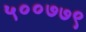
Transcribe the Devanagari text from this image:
५००७७९